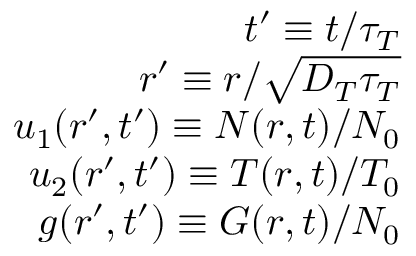
\begin{array} { r } { t ^ { \prime } \equiv t / \tau _ { T } } \\ { r ^ { \prime } \equiv r / \sqrt { D _ { T } \tau _ { T } } } \\ { u _ { 1 } ( r ^ { \prime } , t ^ { \prime } ) \equiv N ( r , t ) / N _ { 0 } } \\ { u _ { 2 } ( r ^ { \prime } , t ^ { \prime } ) \equiv T ( r , t ) / T _ { 0 } } \\ { g ( r ^ { \prime } , t ^ { \prime } ) \equiv G ( r , t ) / N _ { 0 } } \end{array}